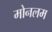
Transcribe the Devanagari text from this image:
मोनलम